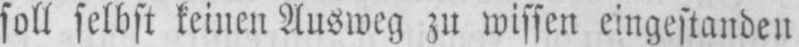
soll selbst keinen Ausweg zu wissen eingestanden